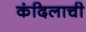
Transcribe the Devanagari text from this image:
कंदिलाची